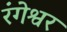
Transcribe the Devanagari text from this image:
रंगेश्वर